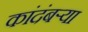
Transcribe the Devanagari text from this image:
कांदंबर्‍या